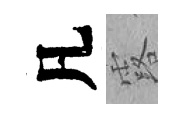
凡露